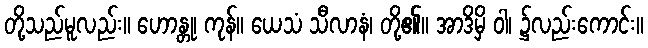
တို့သည်မူလည်း။ ဟောန္တု၊ ကုန်။ ယေသံ သီလာနံ၊ တို့၏။ အာဒိမှိ ဝါ၊ ၌လည်းကောင်း။